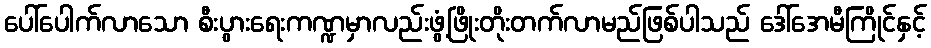
ပေါ်ပေါက်လာသော စီးပွားရေးကဏ္ဍမှာလည်းဖွံ့ဖြိုးတိုးတက်လာမည်ဖြစ်ပါသည် ဒေါ်အေမီကြိုင်နှင့်